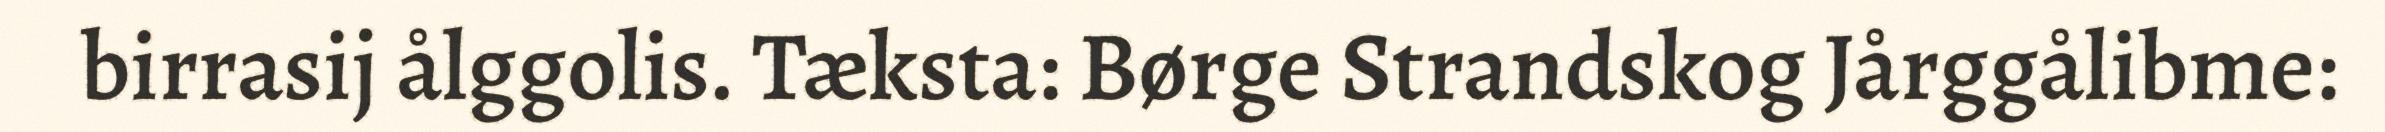
birrasij ålggolis. Tæksta: Børge Strandskog Jårggålibme: